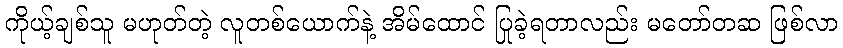
ကိုယ့်ချစ်သူ မဟုတ်တဲ့ လူတစ်ယောက်နဲ့ အိမ်ထောင် ပြုခဲ့ရတာလည်း မတော်တဆ ဖြစ်လာ